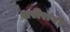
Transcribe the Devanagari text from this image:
शरीरांर्गत